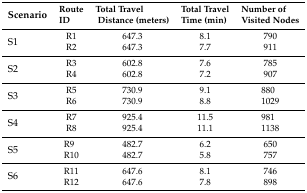
<table><thead><tr><td><b>Scenario</b></td><td><b>RouteID</b></td><td><b>Total TravelDistance (meters)</b></td><td><b>Total TravelTime (min)</b></td><td><b>Number ofVisited Nodes</b></td></tr></thead><tbody><tr><td>S1</td><td>R1R2</td><td>647.3647.3</td><td>8.17.7</td><td>790911</td></tr><tr><td>S2</td><td>R3R4</td><td>602.8602.8</td><td>7.67.2</td><td>785907</td></tr><tr><td>S3</td><td>R5R6</td><td>730.9730.9</td><td>9.18.8</td><td>8801029</td></tr><tr><td>S4</td><td>R7R8</td><td>925.4925.4</td><td>11.511.1</td><td>9811138</td></tr><tr><td>S5</td><td>R9R10</td><td>482.7482.7</td><td>6.25.8</td><td>650757</td></tr><tr><td>S6</td><td>R11R12</td><td>647.6647.6</td><td>8.17.8</td><td>746898</td></tr></tbody></table>